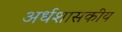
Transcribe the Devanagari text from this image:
अर्धशासकीय